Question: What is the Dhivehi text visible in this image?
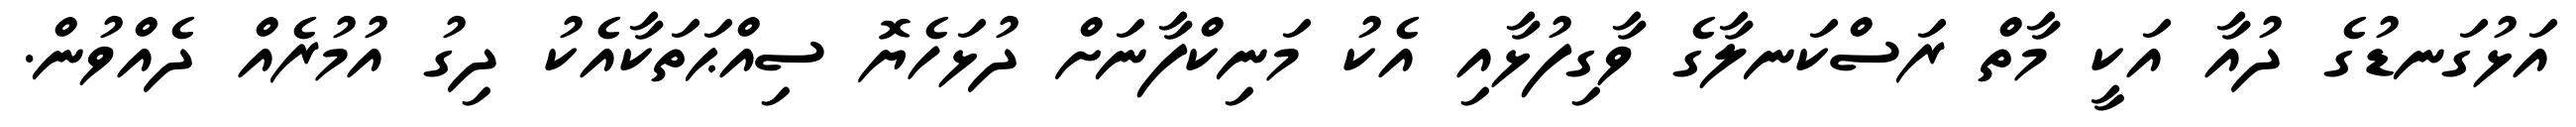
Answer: އަޅުގަނޑުގެ ދުއާ އަކީ މާތް ރަސްކަނލާގެ ވާގިފުޅާއި އެކު މަނިކްފާނަށް ދުޅަހެޔޮ ސިއްޙަތަކާއެކު ދިގު އުމުރެއް ދެއްވުން.